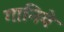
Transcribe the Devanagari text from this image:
गानिये